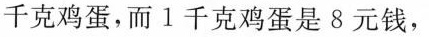
千克鸡蛋，而1千克鸡蛋是8元钱，